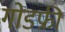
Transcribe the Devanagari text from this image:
गोडफ्री